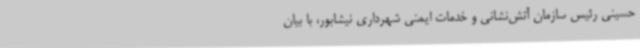
حسینی رئیس سازمان آتش‌نشانی و خدمات ایمنی شهرداری نیشابور، با بیان